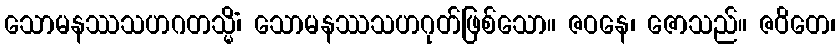
သောမနဿသဟဂတသ္မိံ၊ သောမနဿသဟဂုတ်ဖြစ်သော။ ဇဝနေ၊ ဇောသည်။ ဇဝိတေ၊